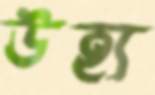
উহ্য